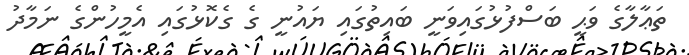
ތަޢާލާގެ ވަޙީ ބަސްފުޅުގައިވަނީ ބައިތުގައި ޔައުނީ ގެ ގެކޮޅުގައި އެމީހުންގެ ނަމާދު